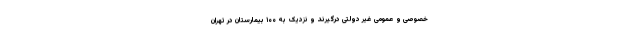
خصوصی و عمومی غیر دولتی درگیرند و نزدیک به ۱۰۰ بیمارستان در تهران